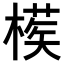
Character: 𣙘